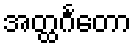
အတ္ထင်္ဂတော